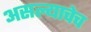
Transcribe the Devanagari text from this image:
असल्याचेच